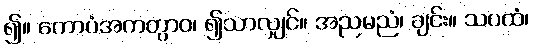
၍။ ကောပံအကတွာဝ၊ ၍သာလျှင်။ အညမညံ၊ ချင်း။ သပထံ၊